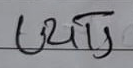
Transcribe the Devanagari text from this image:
उपाय